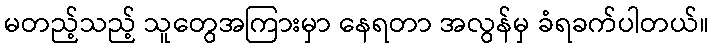
မတည့်သည့် သူတွေအကြားမှာ နေရတာ အလွန်မှ ခံရခက်ပါတယ်။